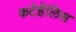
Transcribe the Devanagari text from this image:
कटेर्हेलिस